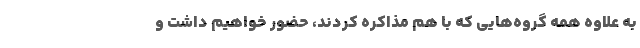
به علاوه همه گروه‌هایی که با هم مذاکره کردند، حضور خواهیم داشت و